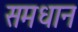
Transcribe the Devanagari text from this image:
समधान